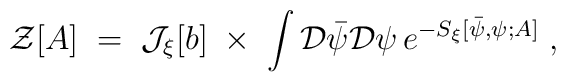
{\mathcal Z}[A] \;=\; {\mathcal J}_\xi [b]  \;\times\; \int {\mathcal D}{\bar\psi} {\mathcal D}\psi \, e^{- S_\xi [{\bar\psi},\psi;A]} \;,